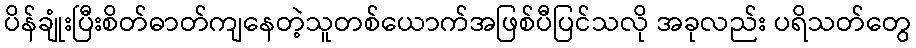
ပိန်ချုံးပြီးစိတ်ဓာတ်ကျနေတဲ့သူတစ်ယောက်အဖြစ်ပီပြင်သလို အခုလည်း ပရိသတ်တွေ